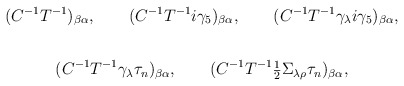
\begin{align*}(C^{-1} T^{-1})_{\beta \alpha },\qquad(C^{-1} T^{-1}i \gamma_5 )_{\beta \alpha } , \qquad(C^{-1} T^{-1} \gamma_\lambda i \gamma_5 )_{\beta \alpha },\end{align*} \begin{align*}(C^{-1} T^{-1} \gamma_{\lambda}\tau_n)_{\beta \alpha }, \qquad(C^{-1} T^{-1} {\mbox{\small$\frac12$}} \Sigma_{\lambda \rho}\tau_n )_{\beta \alpha},\end{align*}